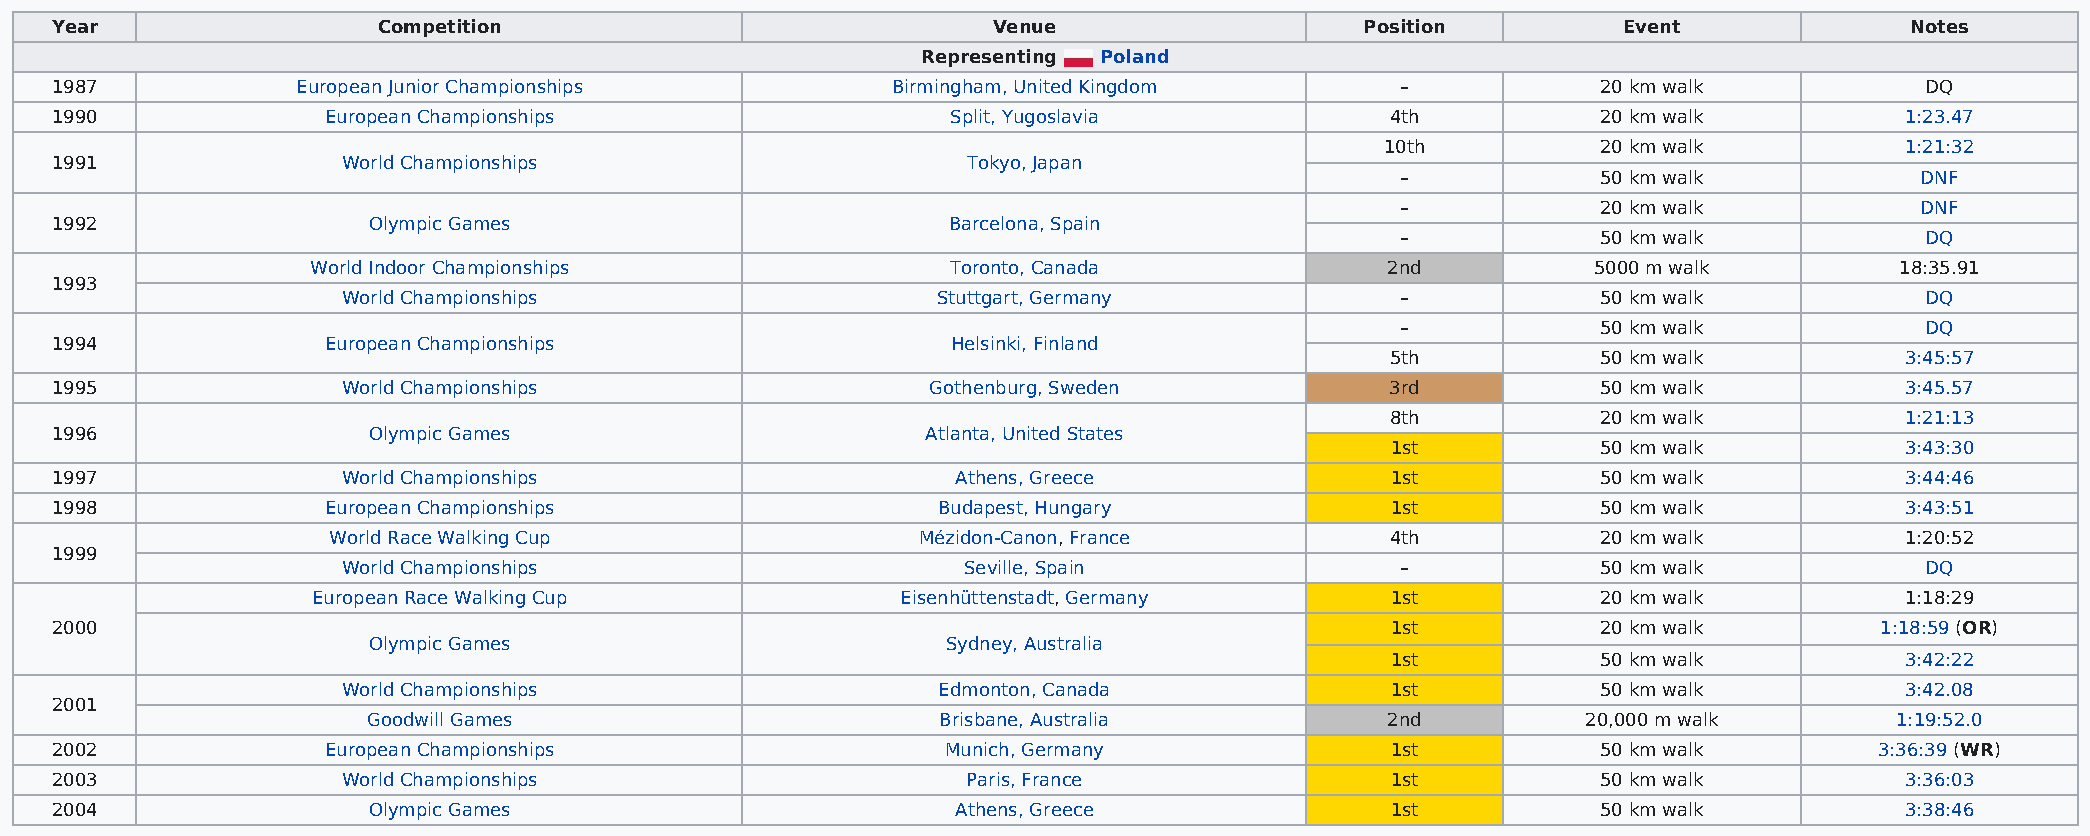
Year                  Competition                              Venue                   Position         Event              Notes
 Representing Poland
 1987             European Junior Championships          Birmingham, United Kingdom        –            20 km walk           DQ
 1990               European Championships                   Split, Yugoslavia            4th           20 km walk          1:23.47
 10th          20 km walk          1:21:32
 1991                World Championships                      Tokyo, Japan
 –            50 km walk           DNF
 –            20 km walk           DNF
 1992                 Olympic Games                          Barcelona, Spain
 –            50 km walk           DQ
 World Indoor Championships                Toronto, Canada              2nd          5000 m walk          18:35.91
 1993
 World Championships                    Stuttgart, Germany             –            50 km walk           DQ
 –            50 km walk           DQ
 1994               European Championships                   Helsinki, Finland
 5th           50 km walk          3:45:57
 1995                World Championships                    Gothenburg, Sweden            3rd           50 km walk          3:45.57
 8th           20 km walk          1:21:13
 1996                 Olympic Games                        Atlanta, United States
 1st           50 km walk          3:43:30
 1997                World Championships                     Athens, Greece               1st           50 km walk          3:44:46
 1998               European Championships                  Budapest, Hungary             1st           50 km walk          3:43:51
 World Race Walking Cup                 Mézidon-Canon, France          4th           20 km walk          1:20:52
 1999
 World Championships                      Seville, Spain               –            50 km walk           DQ
 European Race Walking Cup              Eisenhüttenstadt, Germany       1st           20 km walk          1:18:29
 2000                                                                                     1st           20 km walk        1:18:59 (OR)
 Olympic Games                          Sydney, Australia
 1st           50 km walk          3:42:22
 World Championships                    Edmonton, Canada              1st           50 km walk          3:42.08
 2001
 Goodwill Games                        Brisbane, Australia           2nd          20,000 m walk        1:19:52.0
 2002               European Championships                   Munich, Germany              1st           50 km walk        3:36:39 (WR)
 2003                World Championships                      Paris, France               1st           50 km walk          3:36:03
 2004                 Olympic Games                          Athens, Greece               1st           50 km walk          3:38:46